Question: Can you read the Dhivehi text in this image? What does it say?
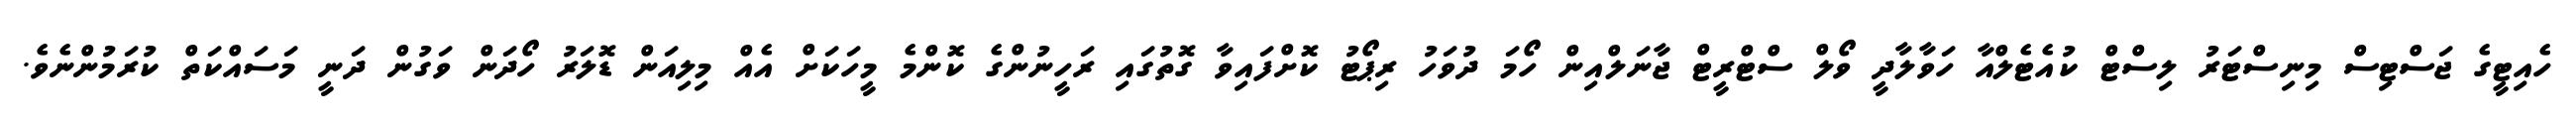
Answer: ހެއިޓީގެ ޖަސްޓިސް މިނިސްޓަރު ލިސްޓް ކުއެޓެލްއާ ހަވާލާދީ ވޯލް ސްޓްރީޓް ޖާނަލްއިން ހޯމަ ދުވަހު ރިޕޯޓު ކޮށްފައިވާ ގޮތުގައި ރަހީނުންގެ ކޮންމެ މީހަކަށް އެއް މިލިއަން ޑޮލަރު ހޯދަން ވަގުން ދަނީ މަސައްކަތް ކުރަމުންނެވެ.